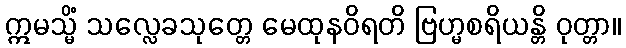
ဣမသ္မိံ သလ္လေခသုတ္တေ မေထုနဝိရတိ ဗြဟ္မစရိယန္တိ ဝုတ္တာ။